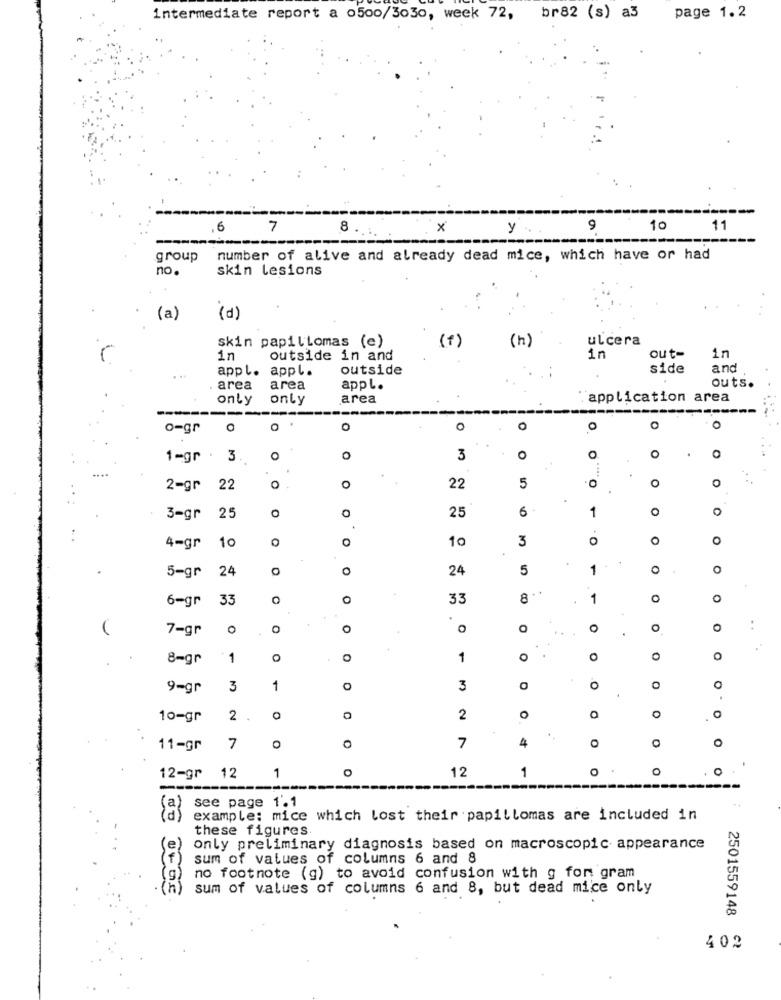
intermediate report a o500/3030, week 72, br82 (s) a3 page 1.2
6
7
8
x
y
9
10
11
group
number of alive and already dead mice, which have or had
no.
skin lesions
(P)
(a)
skin papillomas (e)
(f)
(h)
ulcera
in
outside in and
in
out-
in
appl.
appl.
outside
side
and
area
area
appl.
outs.
only
only
area
application area
-----------
o=gr
O
0
o
0
0
.. 0
1-gr . 3.
O
3
O
....
o
2-gr
22
o
O
22
5
0
O
6
1
O
3-gr
25
25
0
10
3
O
O
0
4-gr
10
.
24
0
24
5
1
0
O
5-gr
6-gr
33
33
8
.
1
O
0
7-gr
O
0
O
0
O
0
:
8-gr
1
0
1
0
0
O
9-gr
3
1
0
3
0
0
0
10-gr
2
0
2
O
.
4
0
O
11-gr
7
7
12
1
0
O
12-gr 12
1
see page 1.1
example: mice which lost their papillomas are included in
these figures
(e)
only preliminary diagnosis based on macroscopic appearance
sum of values of columns 6 and 8
no footnote (g) to avoid confusion with g for gram
(n)
sum of values of columns 6 and 8, but dead mice only
2501559148
402